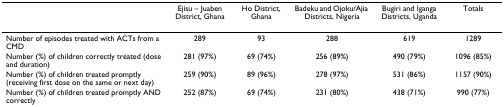
|  | Ejisu – Juaben District, Ghana | Ho District, Ghana | Badeku and Ojoku/Ajia Districts, Nigeria | Bugiri and Iganga Districts, Uganda | Totals |
 | --- | --- | --- | --- | --- | --- |
 | Number of episodes treated with ACTs from a CMD | 289 | 93 | 288 | 619 | 1289 |
 | Number (%) of children correctly treated (dose and duration) | 281 (97%) | 69 (74%) | 256 (89%) | 490 (79%) | 1096 (85%) |
 | Number (%) of children treated promptly (receiving first dose on the same or next day) | 259 (90%) | 89 (96%) | 278 (97%) | 531 (86%) | 1157 (90%) |
 | Number (%) of children treated promptly AND correctly | 252 (87%) | 69 (74%) | 231 (80%) | 438 (71%) | 990 (77%) |